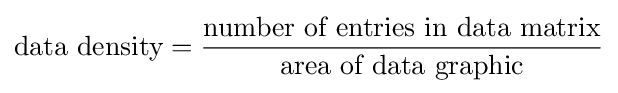
{\text{data density}}={\frac {\text{number of entries in data matrix}}{\text{area of data graphic}}}